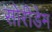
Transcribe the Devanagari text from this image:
सोरीडेम